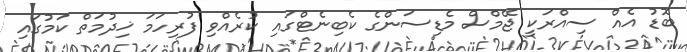
ބޮޑު އެއް ސިއްރަކީ ޖޭމްސް މެޑިސަންގެ ކެބިނެޓްގައި ކުރެއްވި ފުރިހަމަ ޚިދުމަތް ކަމުގައި